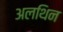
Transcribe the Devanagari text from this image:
अलथिन